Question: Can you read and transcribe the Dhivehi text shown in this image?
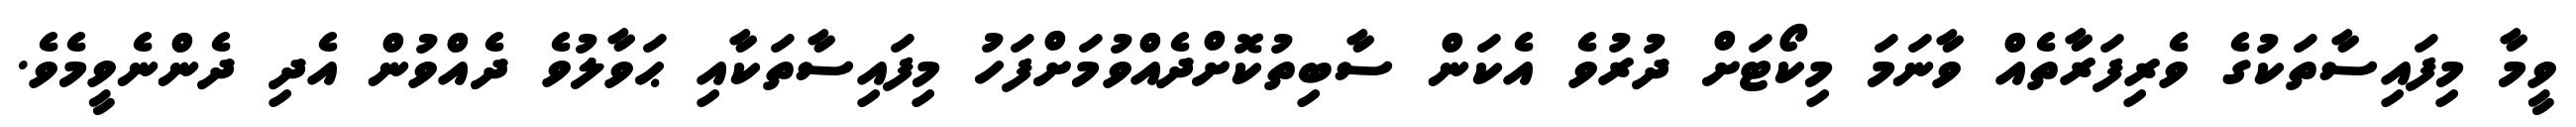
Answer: ވީމާ މިފައިސާތަކުގެ ވެރިފަރާތެއް ވާނަމަ މިކޯޓަށް ދުރުވެ އެކަން ސާބިތުކޮށްދެއްވުމަށްފަހު މިފައިސާތަކާއި ޙަވާލުވެ ދެއްވުން އެދި ދެންނެވީމެވެ.